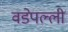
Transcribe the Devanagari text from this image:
वडेपल्‍ली